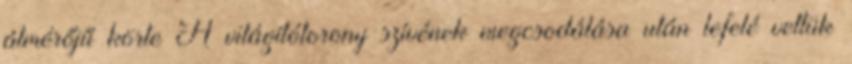
átmérőjű körte A világítótorony szívének megcsodálása után lefelé vettük